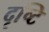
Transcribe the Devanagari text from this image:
दृष्‍टि